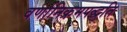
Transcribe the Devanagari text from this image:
वर्णानिक्रमपद्धति